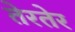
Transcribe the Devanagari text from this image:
तेरतेर